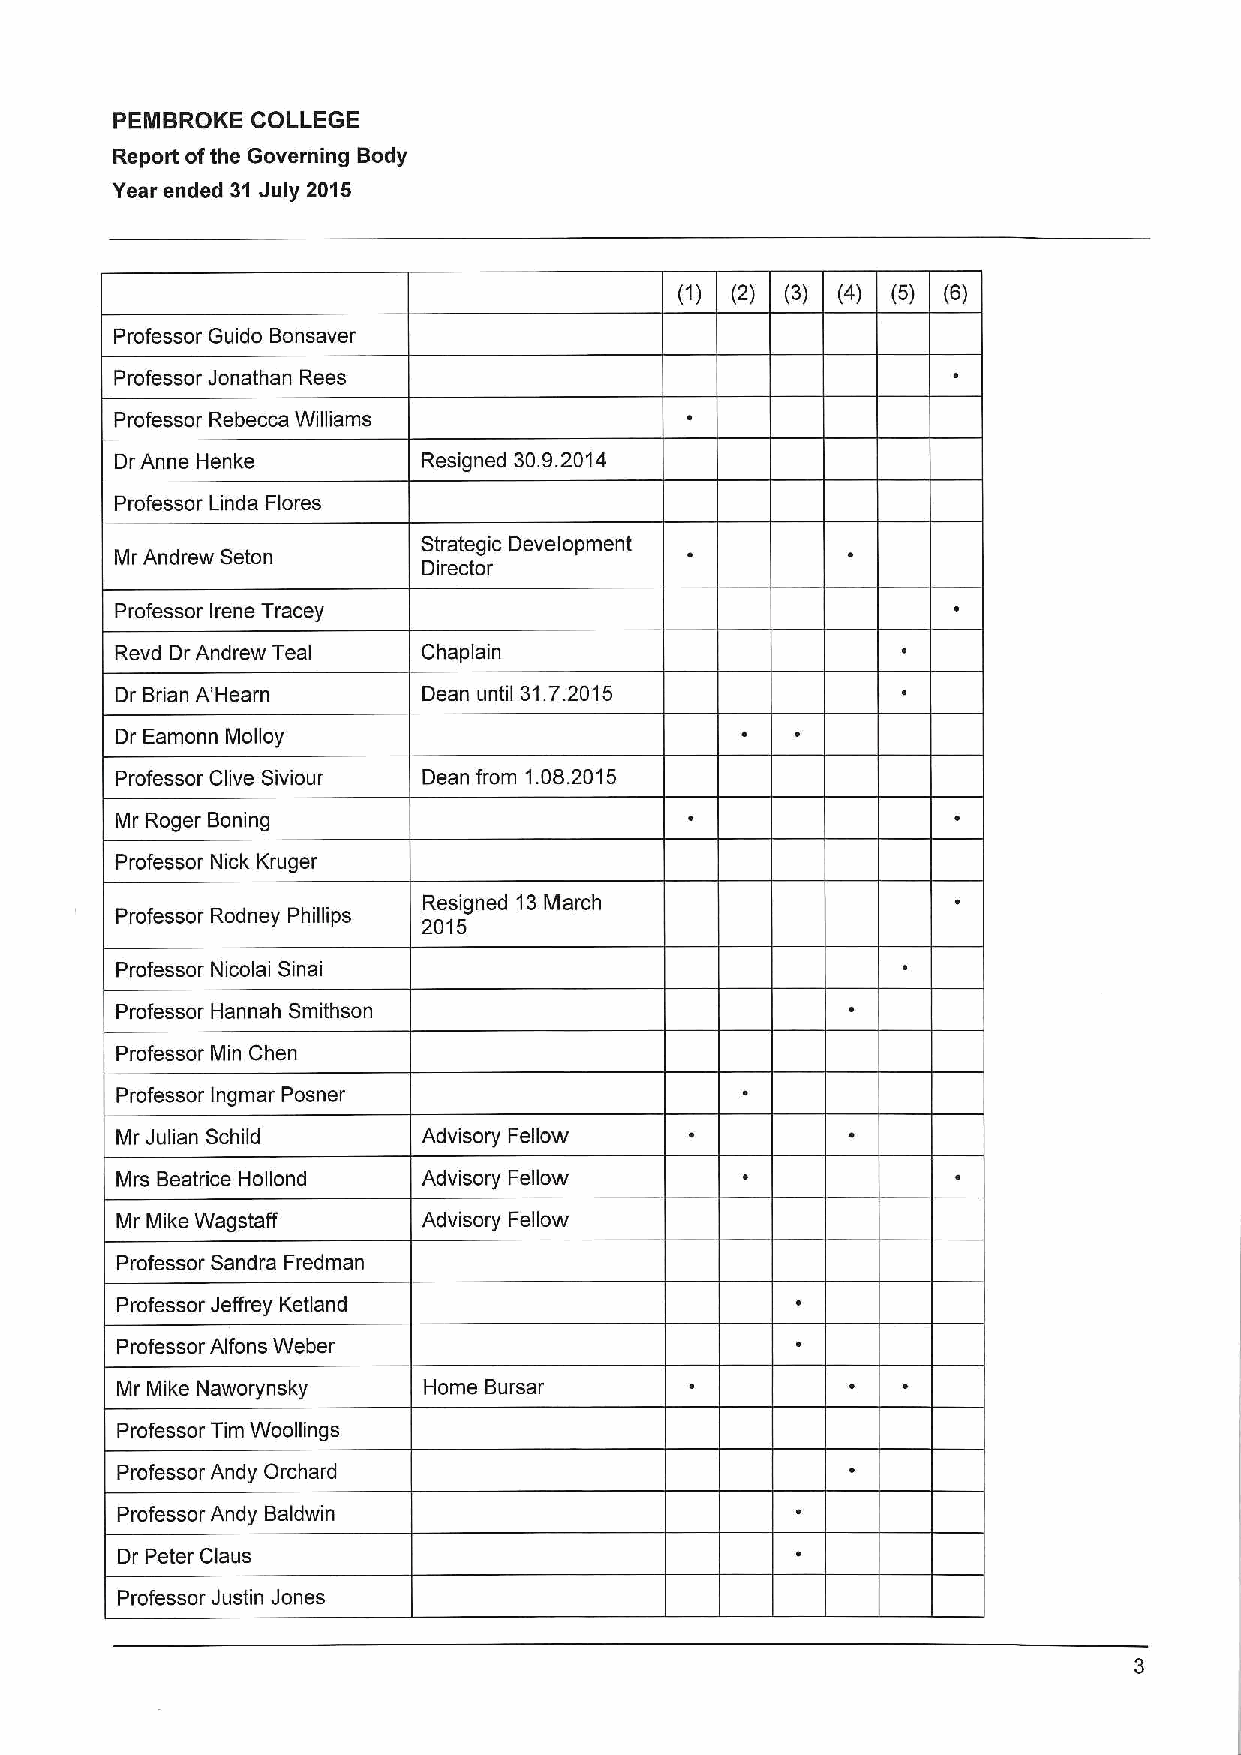
PEMBROKE  COLLEGE
 Report ofthe Governing Body
 Year ended 31 July 2015
 (1) (2) (3) (4) (5) (5)
 Professor Guido Bonsaver
 Professor Jonathan Rees
 Professor Rebecca Williams
 Dr Anne Henke       Resigned 30.9.2014
 Professor Linda Flores
 Strategic Development
 Mr Andrew Seton
 Director
 Professor Irene Tracey
 Revd Dr Andrew Teal Chaplain
 Dr Brian A'Hearn    Dean until 31.7.2015
 Dr Eamonn Malloy
 Professor Clive Siviour Dean from 1.08.2015
 Mr Roger Boning
 Professor Nick Kruger
 Resigned 13March
 Professor Rodney Phillips
 2015
 Professor Nicolai Sinai
 Professor Hannah Smithson
 Professor Min Chen
 Professor Ingmar Posner
 Mr Julian Schild    Advisory Fellow
 Mrs Beatrice Hollond Advisory Fellow
 Mr Mike Wagstaff    Advisory Fellow
 Professor Sandra Fredman
 Professor Jeffrey Ketland
 Professor Alfons Weber
 Mr Mike Naworynsky  Home Bursar
 Professor Tim Woollings
 Professor Andy Orchard
 Professor Andy Baldwin
 Dr Peter Claus
 Professor Justin Jones